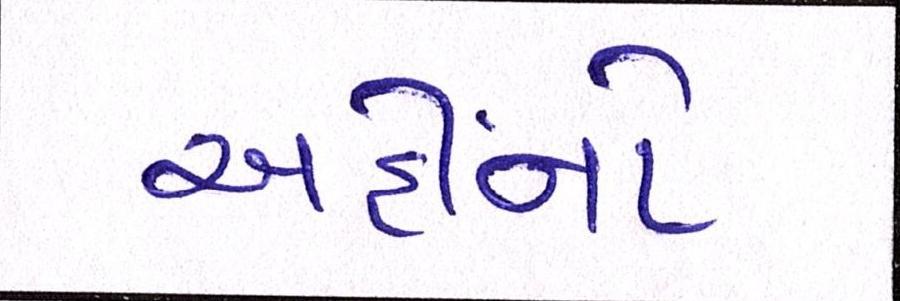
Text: અહીંનો